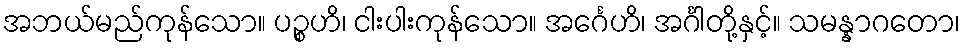
အဘယ်မည်ကုန်သော။ ပဉ္စဟိ၊ ငါးပါးကုန်သော။ အင်္ဂေဟိ၊ အင်္ဂါတို့နှင့်။ သမန္နာဂတော၊